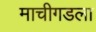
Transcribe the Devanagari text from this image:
माचीगडला